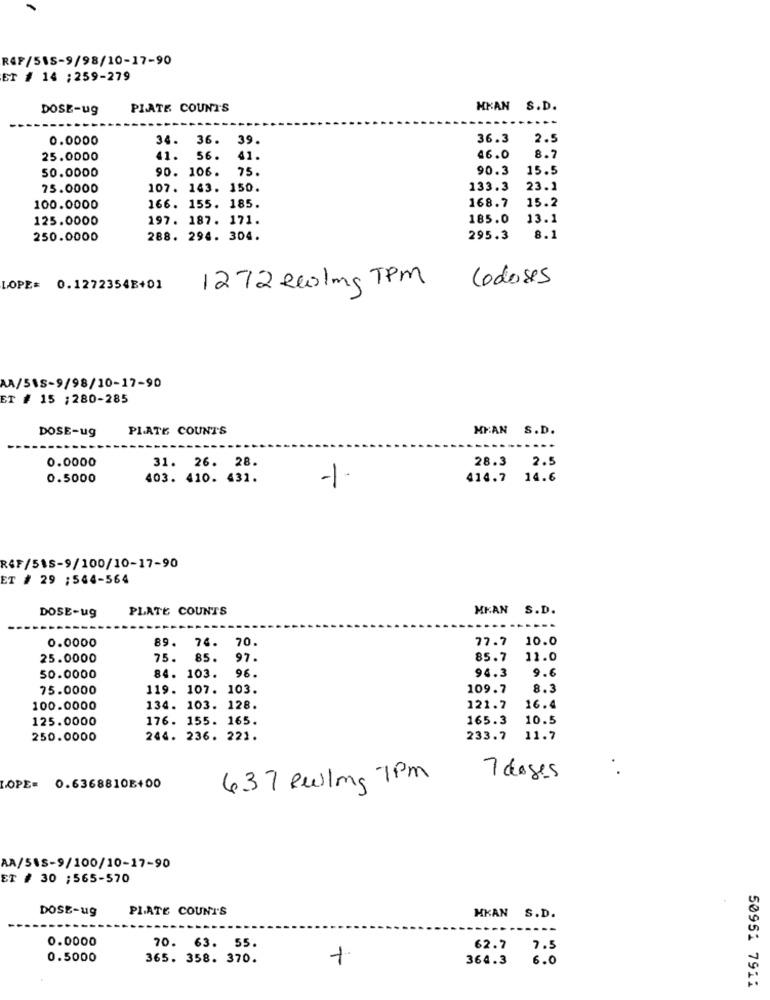
R4F/515-9/98/10-17-90
ET # 14 :259-279
DOSE-ug
PLATE COUNT'S
MKAN S.D.
0.0000
34.
36. 39.
36.3
2.5
25.0000
41.
56.
41.
46.0
8.7
50.0000
90. 106. 75.
90.3
15.5
75.0000
107. 163. 150.
133.3
23.1
15.2
100.0000
166. 155. 185.
168.7
125.0000
197. 187. 171.
185.0
13.1
250.0000
288. 294. 304.
295.3
8.1
1272 eeling TPM
Codoses
LOPE= 0.1272354B+01
AA/51S-9/98/10-17-90
ET # 15 ;280-285
DOSE-ug
PLATE COUNTS
MEAN S.D.
0.0000
31. 26. 28.
28.3 2.5
0.5000
403. 410. 431.
-1.
414.7 14.6
R&F/515-9/100/10-17-90
ET # 29 ;544-564
PLATE COUNTS
MKAN S.D.
DOSE-ug
0.0000
89.
74.
70.
77.7 10.0
25.0000
75.
85.
97.
85.7
11.0
9.6
50.0000
84. 103.
96.
94.3
75.0000
119. 107. 103.
109.7
8.3
100.0000
134. 103. 128.
121.2
16.0
125.0000
176. 155. 165.
165.3
10.5
250.0000
244. 236. 221.
233.7
11.7
. .
637 Rwlong 7Pm
7 doses
LOPE= 0.6368810E+00
AA/518-9/100/10-17-90
ET # 30 ;565-570
DOSE-ug
PLATE COUNT'S
MKAN S.D.
0.0000
70. 63. 55.
62.7
7.5
0.5000
365. 358. 370.
364.3
6.0
50951 7911